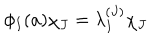
\phi _ { I } ( a ) \chi _ { J } = \lambda _ { I } ^ { ( J ) } \chi _ { J }